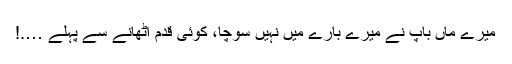
میرے ماں باپ نے میرے بارے میں نہیں سوچا، کوئی قدم اٹھانے سے پہلے ….!